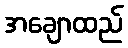
အချောထည်